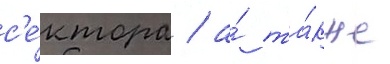
с'е́ктора / а́ та́кже